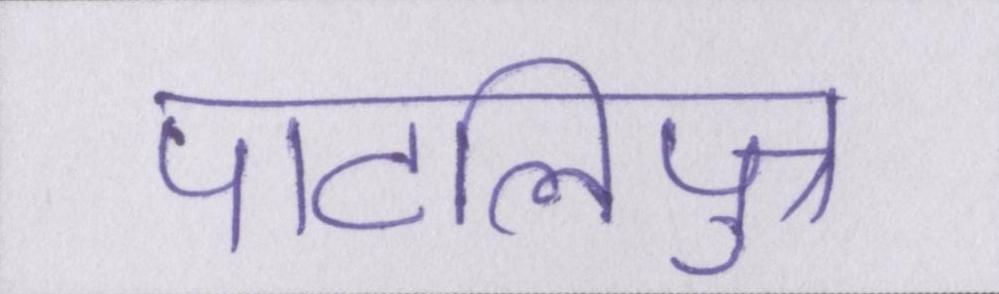
पाटलिपुत्र